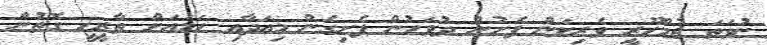
ނުވަތަ ޖުމްހޫރީ ވެރިކަން ފެށުނު ދުވަހުން ފެށިގެން މިއަދާއި ހަމައަށް ތާރީޚީ ގޮތުން